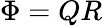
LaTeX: \Phi=QR